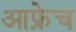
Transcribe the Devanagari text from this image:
आफ्रेच